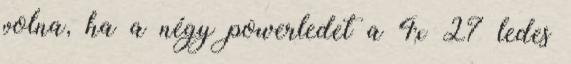
volna, ha a négy powerledet a 4x 27 ledes